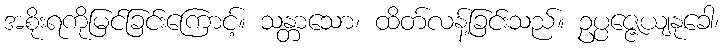
အစိုးရကိုမြင်ခြင်းကြောင့်။ သန္တာသော၊ ထိတ်လန့်ခြင်းသည်။ ဥပ္ပဇ္ဇေယျနုခေါ၊